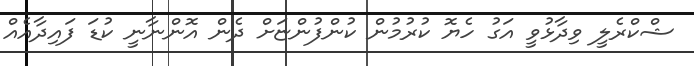
ޝްކްރެލީ ވިދާޅުވީ އަގު ހެޔޮ ކުރުމުން ކުންފުންޏަށް ދެން އޮންނާނީ ކުޑަ ފައިދާއެއް